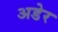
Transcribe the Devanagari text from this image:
अडेर